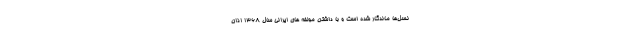
نسل‌ها ماندگار شده است و با داشتن مولفه های ایرانی سال 1368 اذان